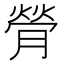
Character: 膋